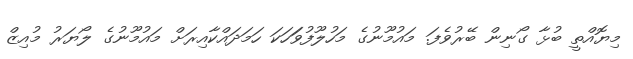
މިޔޮއްތީ ބުޅާ ގޯނިން ބޭރުވެފަ. މައުމޫނުގެ މަހުލޫފުވަަހަކަ ހަމަދައްކާއިރަށް މައުމޫނުގެ ލޯޔަރު މުއިޒް